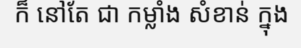
ក៏ នៅតែ ជា កម្លាំង សំខាន់ ក្នុង